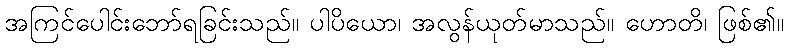
အကြင်ပေါင်းဘော်ရခြင်းသည်။ ပါပိယော၊ အလွန်ယုတ်မာသည်။ ဟောတိ၊ ဖြစ်၏။